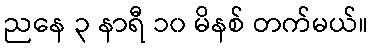
ညနေ ၃ နာရီ ၁၀ မိနစ် တက်မယ်။